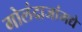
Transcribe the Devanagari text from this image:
गोलंदाजांमद्ये